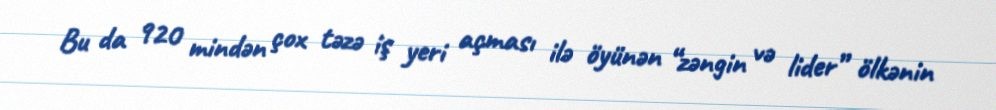
Bu da 920 mindən çox təzə iş yeri açması ilə öyünən “zəngin və lider” ölkənin